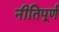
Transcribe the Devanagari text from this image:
नीतिपूर्ण